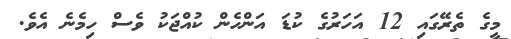
މީގެ ތެރޭގައި 12 އަހަރުގެ ކުޑަ އަންހެން ކުއްޖަކު ވެސް ހިމެނެ އެވެ.